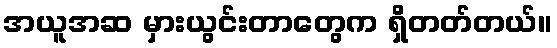
အယူအဆ မှားယွင်းတာတွေက ရှိတတ်တယ်။